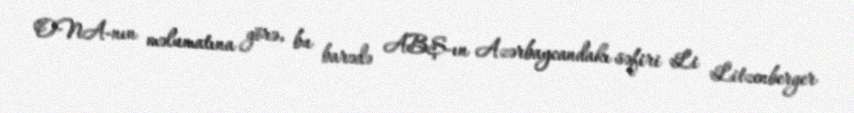
ONA-nın məlumatına görə, bu barədə ABŞ-ın Azərbaycandakı səfiri Li Litzenberger